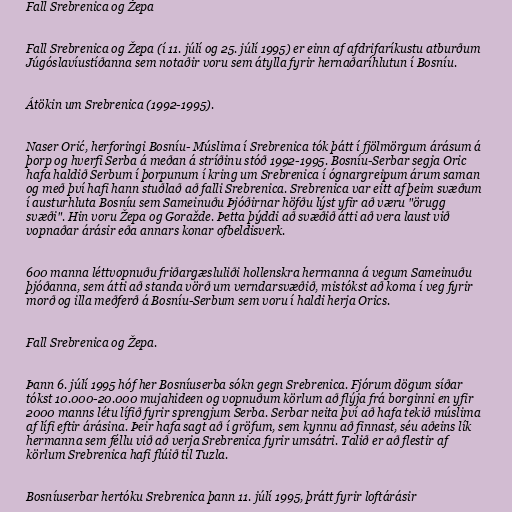
Fall Srebrenica og Žepa

Fall Srebrenica og Žepa (í 11. júlí og 25. júlí 1995) er einn af afdrifaríkustu atburðum
Júgóslavíustíðanna sem notaðir voru sem átylla fyrir hernaðaríhlutun í Bosníu.

Átökin um Srebrenica (1992-1995).

Naser Orić, herforingi Bosníu- Múslima í Srebrenica tók þátt í fjölmörgum árásum á
þorp og hverfi Serba á meðan á stríðinu stóð 1992-1995. Bosníu-Serbar segja Oric
hafa haldið Serbum í þorpunum í kring um Srebrenica í ógnargreipum árum saman
og með því hafi hann stuðlað að falli Srebrenica. Srebrenica var eitt af þeim svæðum
í austurhluta Bosníu sem Sameinuðu Þjóðirnar höfðu lýst yfir að væru "örugg
svæði". Hin voru Žepa og Goražde. Þetta þýddi að svæðið átti að vera laust við
vopnaðar árásir eða annars konar ofbeldisverk.

600 manna léttvopnuðu friðargæsluliði hollenskra hermanna á vegum Sameinuðu
þjóðanna, sem átti að standa vörð um verndarsvæðið, mistókst að koma í veg fyrir
morð og illa meðferð á Bosníu-Serbum sem voru í haldi herja Orics.

Fall Srebrenica og Žepa.

Þann 6. júlí 1995 hóf her Bosníuserba sókn gegn Srebrenica. Fjórum dögum síðar
tókst 10.000-20.000 mujahideen og vopnuðum körlum að flýja frá borginni en yfir
2000 manns létu lífið fyrir sprengjum Serba. Serbar neita því að hafa tekið múslima
af lífi eftir árásina. Þeir hafa sagt að í gröfum, sem kynnu að finnast, séu aðeins lík
hermanna sem féllu við að verja Srebrenica fyrir umsátri. Talið er að flestir af
körlum Srebrenica hafi flúið til Tuzla.

Bosníuserbar hertóku Srebrenica þann 11. júlí 1995, þrátt fyrir loftárásir